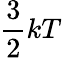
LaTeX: \frac{3}{2}kT